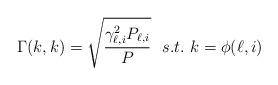
\begin{align*}\Gamma(k,k)=\sqrt{\frac{\gamma_{\ell,i}^2P_{\ell,i}}{P}}~~s.t.~k=\phi(\ell,i)\end{align*}